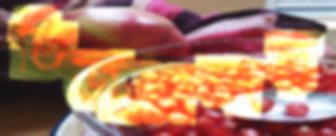
তিজুয়ানার